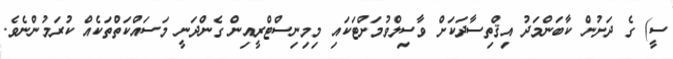
ސީ) ގެ ދަށުން ކާބަންމަދު އިޤްތިސާދަކަށް ވާސިލްވުމަށްޓަކައި މިމިނިސްޓްރީއިން ގެންދަނީ މަސައްކަތްތަކެއް ކުރަމުންނެވެ.